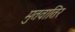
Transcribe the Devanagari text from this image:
मुतवातिर